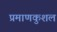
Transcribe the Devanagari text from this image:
प्रमाणकुशल